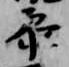
参